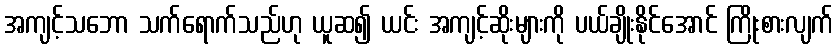
အကျင့်သဘော သက်ရောက်သည်ဟု ယူဆ၍ ယင်း အကျင့်ဆိုးများကို ပယ်ချိုးနိုင်အောင် ကြိုးစားလျက်